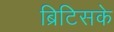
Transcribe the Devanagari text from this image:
ब्रिटिसके